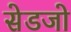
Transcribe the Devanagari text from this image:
सेडजो